Vital statistics of India. Vol. VI, European troops 1870-79
Year: 1870
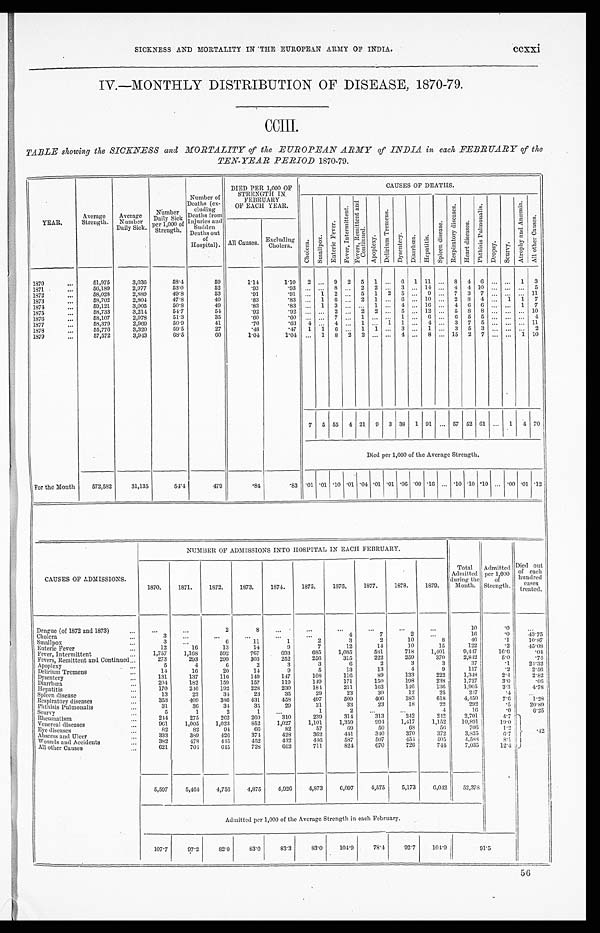
SICKNESS AND MORTALITY IN THE EUROPEAN ARMY OF INDIA.
ccxxi
IV.—MONTHLY DISTRIBUTION OF DISEASE, 1870-79.
CCIII.
TABLE showing the SICKNESS and MORTALITY of the EUROPEAN ARMY of INDIA in each FEBRUARY of the
TEN-YEAR PERIOD 1870-79.
YEAR.
Average
Strength.
Average
Number
Daily Sick.
N u mb e r D a i l y S i c k p e r 1 , 0 0 0 o f S t r e n g t h .
Number of
Deaths (ex-
cluding
Deaths from
injuries and
• Sudden
Deaths out
o
f H o s p i t a l ) .
DIED PER 1,000 OF
STRENGTH I N FEBRUARY
OF EACH YEAR
CAUSES OF DEATHS.
C h o l e r a . S m a l l p o x .
E n t e r i c F e v e r .
F e v e r , I n t e r m i t t e n t .
F e v e r s , R e m i t t e n t a n d C o n t i n u e d .
A p o p l e x y .
D e l i r i u m T r e m e n s .
D y s e n t e r y . Di a r r h œa . H e p a t i t i s .
S p l e e n d i s e a s e .
R e s p i r a t o r y d i s e a s e s .
H e a r t d i s e a s e s .
P h t h i s i s P u l m o n a l i s .
Dr o p s y .
S e u r v y .
A t r o p h y a n d A n æ m i a .
A l l o t h e r C a u s e s .
All Causes. Excluding Cholera.
1870
5 1 , 9 7 5
3 , 0 3 6
5 8 . 4
5 9
1 . 1 4
1 . 1 0
2
. . .
9 2
5
1 ...
6
1
1 1 ...
8 4 6
. . . ...
1 3
1871
5 6 , 1 8 9
2 , 9 7 7
5 3 . 0
5 2
. 9 3
. 9 3
. . .
. . . 8 ...
2
2 ...
3 ...
1 4 ...
4 4 10
. . . ... ...
5
1872
5 8 , 0 2 8
2 , 8 8 9
4 9 . 8
5 3
. 9 1
. 9 1
. . .
1
2 ...
5
1 2
5 ...
9 ... 7 3 7
. . . ...
...
11
1873
5 8 , 7 0 2
2 , 8 0 4
4 7 . 8
4 9
. 8 3
. 8 3
. . .
1
6 ...
2
1 ...
6 ...
1 0 ... 2 8
4
. . . 1
1 7
1874
5 9 , 1 2 1
3 , 0 0 5
5 0 . 8
4 9
. 8 3
. 8 3
. . .
1
3 ...
. . .
1 ...
4 ...
1 6 ...
4
6
6
. . .
...
1 7
1875
5 8 , 7 3 3
3 , 2 1 4
5 4 . 7
5 4
. 9 2
. 9 2
. . .
. . .
2 ...
2
2 ...
5 ...
1 2 ...
5
8
8
. . . ... ... 10
1876
5 8 , 1 0 7
2 , 9 7 8
5 1 . 3
3 5
. 6 0
. 6 0
. . .
. . .
7 ...
1
. . . . . .
1 ...
6 ... 6 5
5
. . .
... ... 4
1877
5 8 , 3 7 9
2 , 9 6 9
5 0 . 9
4 1
. 7 0
. 6 3
4
. . .
4 ...
1
. . . 1
1 ...
4 ...
3
7
5
. . . ...
... 11
1878
5 5 , 7 7 6
3 , 3 2 0
5 9 . 5
2 7
. 4 8
. 4 7
1
1
6 ...
1
1 ...
3 ...
1 ...
3 5 3
. . . ... ...
2
1879
5 7 , 5 7 2
3 , 9 4 3
6 8 . 5
6 0
1 . 0 4
1 . 0 4
. . .
1
8
2
2
. . . ...
4 ...
8 ... 15
2
7
. . . ...
1 10
7
5
5 5
4
2 1
9
3
3 8
1
9 1 ... 57 52 61
. . .
1
4 70
D i e d p e r 1 , 0 0 0 o f t h e A v e r a g e S t r e n g t h .
For the Month
5 7 2 , 5 8 2
3 1 , 1 3 5
5 4 . 4
4 7 9
. 8 4
. 8 3
. 0 1
. 0 1
. 1 0 .01
. 0 4
. 0 1 .01
. 0 6 .00
. 1 6 ... .10 .10 .10
. . . .00 .01 .12
CAUSES OF ADMISSIONS.
NUMBER OF ADMISSIONS INTO HOSPITAL IN EACH FEBRUARY.
Total
Admitted
during the
Month.
Admitted
per 1,000
of
Strength.
Died out
of each hundred cases t reat ed.
1870.
1871.
1872.
1873.
1874.
1875.
1876.
1877.
1878.
1879.
Dengue (of 1872 and 1873)
. . .
. . .
2
8
. . .
. . .
. . .
. . .
. . .
. . .
1 0
. 0
. . .
Cholera
3
. . .
. . .
. . .
. . .
. . .
4
7
2
. . .
1 6
. 0
4 3 . 7 5
Sma l l pox
3
. . .
6
1 1
1
2
3
2
1 0
8
4 6
.1
1 0 . 8 7
E n t e r i c F e v e r
1 2
1 6
1 3
1 4
9
7
1 2
1 4
1 0
1 5
1 2 2
. 2
4 5 . 0 8
Fever, Intermittent
1 , 7 5 7
1 , 1 6 8
5 9 2
7 6 7
6 9 3
6 8 5
1 , 0 8 5
5 8 1
7 1 8
1 , 4 0 1
9 , 4 4 7
1 6 . 6
. 0 4
Fevers, Remittent and Continued
2 7 3
2 9 3
2 9 9
3 0 3
2 5 2
2 5 6
3 1 5
2 2 2
2 5 9
3 7 0
2 , 8 4 2
5 . 0
. 7 4
Apoplexy
5
4
6
2
3
3
6
2
3
3
3 7
. 1
2 4 . 3 2
Delirium Tremens
1 4
1 6
2 0
1 4
9
5
1 3
1 3
4
9
1 1 7
.2
2 . 5 6
Dys e nt e r y
1 3 1
1 3 7
1 1 6
1 4 9
1 4 7
1 0 8
1 1 6
8 9
1 3 3
2 2 2
1 , 3 4 8
2 . 4
2 . 8 2
Diarrhœa
2 0 4
1 8 2
1 5 9
1 5 7
1 1 9
1 4 9
1 7 1
1 5 0
1 9 8
2 3 8
1 , 7 2 7
3 . 0
. 0 6
Hepatitis
1 7 0
2 4 6
1 9 2
2 2 8
2 3 0
1 8 4
2 1 1
1 6 2
1 4 6
1 3 6
1 , 9 0 5
3.3
4 . 7 8
Spleen disease
1 3
2 3
3 4
2 3
3 5
2 9
2 3
3 0
1 2
2 5
2 4 7
. 4
. . .
Respiratory diseases
3 5 3
4 0 9
3 8 6
4 3 1
4 5 8
4 9 7
5 0 9
4 0 6
3 8 3
6 1 8
4 , 4 5 0
7 . 6
1 . 2 8
Phthisis Pulmonalis
3 1
3 6
3 4
3 5
2 9
3 1
3 3
2 3
1 8
2 2
2 9 2
. 5
2 0 . 8 9
Seurvy
5
1
2
1
. . .
1
2
. . .
. . .
4
1 6
. 0
6 . 2 5
Rheumatism
2 4 4
2 7 5
2 6 2
2 6 0
3 1 0
2 3 9
3 1 4
3 1 3
2 4 2
2 4 2
2 , 7 0 1
4.7 . 4 2
Veneral diseases
9 6 1
1 , 0 0 5
1 , 0 2 3
8 5 2
1 , 0 2 7
1 , 1 0 1
1 , 3 5 9
9 9 4
1 , 4 1 7
1 , 1 5 2
1 0 , 8 9 1
1 9 . 0
Eye diseases
8 2
8 2
9 4
6 6
8 2
5 7
6 9
5 0
6 8
5 6
7 0 6
1 . 2
Abscess and Ulcer
3 3 3
3 8 9
4 2 6
3 7 4
4 2 8
3 6 2
4 4 1
3 4 0
3 7 0
3 7 2
3 , 8 3 5
6.7
Wounds and Accidents
3 8 2
4 7 8
4 4 5
4 5 2
4 3 2
4 4 6
5 8 7
5 0 7
4 5 4
4 0 5
4 , 5 8 8
8.1
All other Causes
6 2 1
7 0 4
6 4 5
7 2 8
6 6 2
7 1 1
8 2 4
6 7 0
7 2 6
7 4 4
7 , 0 3 5
1 2 . 4
5 , 5 9 7
5 , 4 6 4
4 , 7 5 6
4 , 8 7 5
4 , 9 2 6
4 , 8 7 3
6 , 0 9 7
4 , 5 7 5
5 , 1 7 3
6 , 0 4 2
5 2 , 3 7 8
A d m i t t e d p e r 1 , 0 0 0 o f t h e A v e r a g e S t r e n g t h i n e a c h F e b r u a r y .
1 0 7 . 7
9 7 . 2
8 2 . 0
8 3 . 0
8 3 . 3
8 3 . 0
1 0 4 . 9
7 8 . 4
9 2 . 7
1 0 4 . 9 9 1 . 5
56